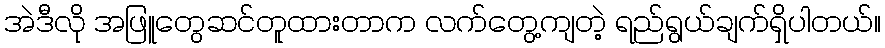
အဲဒီလို အဖြူတွေဆင်တူထားတာက လက်တွေ့ကျတဲ့ ရည်ရွယ်ချက်ရှိပါတယ်။